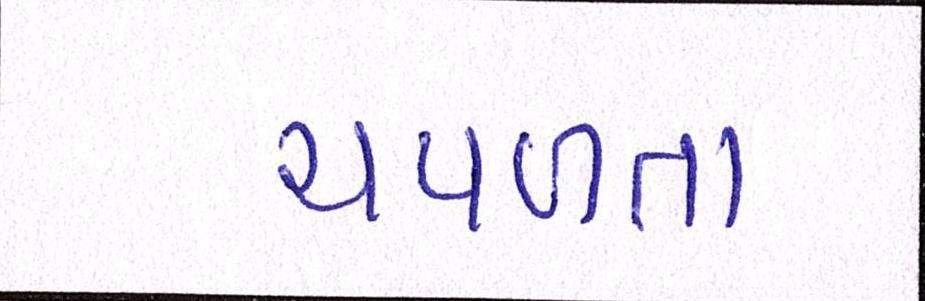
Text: ચપળતા